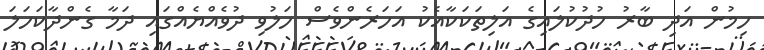
ހިމުން އަދި ބާރު ހުދުކުލައިގެ އަލިތަކަކާއެކު އަހަރެންވެސް ހަލުވި ދުވެއްޔެއްގައި ދަމާ ގެންދާކަހަލަ